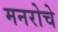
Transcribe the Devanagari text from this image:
मनरोचे